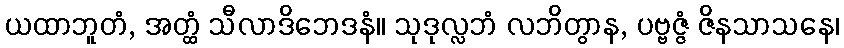
ယထာဘူတံ, အတ္ထံ သီလာဒိဘေဒနံ။ သုဒုလ္လဘံ လဘိတွာန, ပဗ္ဗဇ္ဇံ ဇိနသာသနေ၊